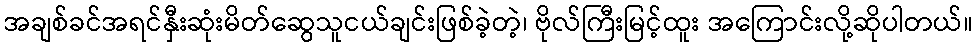
အချစ်ခင်အရင်နှီးဆုံးမိတ်ဆွေသူငယ်ချင်းဖြစ်ခဲ့တဲ့၊ ဗိုလ်ကြီးမြင့်ထူး အကြောင်းလို့ဆိုပါတယ်။